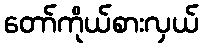
တော်ကိုယ်စားလှယ်